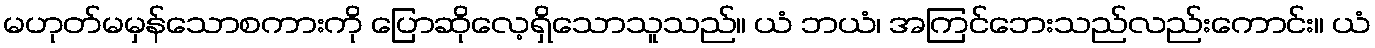
မဟုတ်မမှန်သောစကားကို ပြောဆိုလေ့ရှိသောသူသည်။ ယံ ဘယံ၊ အကြင်ဘေးသည်လည်းကောင်း။ ယံ